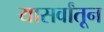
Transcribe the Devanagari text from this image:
यासर्वांतून